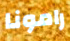
رامونا